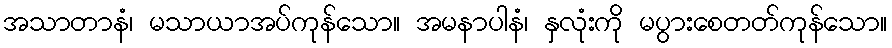
အသာတာနံ၊ မသာယာအပ်ကုန်သော။ အမနာပါနံ၊ နှလုံးကို မပွားစေတတ်ကုန်သော။